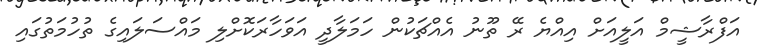
އަފްރާޝީމް އަލީއަށް އިއްޔެ ރޭ ތޫނު އެއްޗަކުން ހަމަލާދީ އަވަހާރަކޮށްލި މައްސަލައިގެ ތުހުމަތުގައި